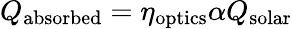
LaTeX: Q_{\mathrm{absorbed}}=\eta_{\mathrm{optics}}\alpha Q_{\mathrm{solar}}